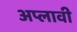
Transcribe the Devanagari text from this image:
अप्लावी